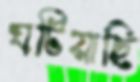
ঘটিয়াছি